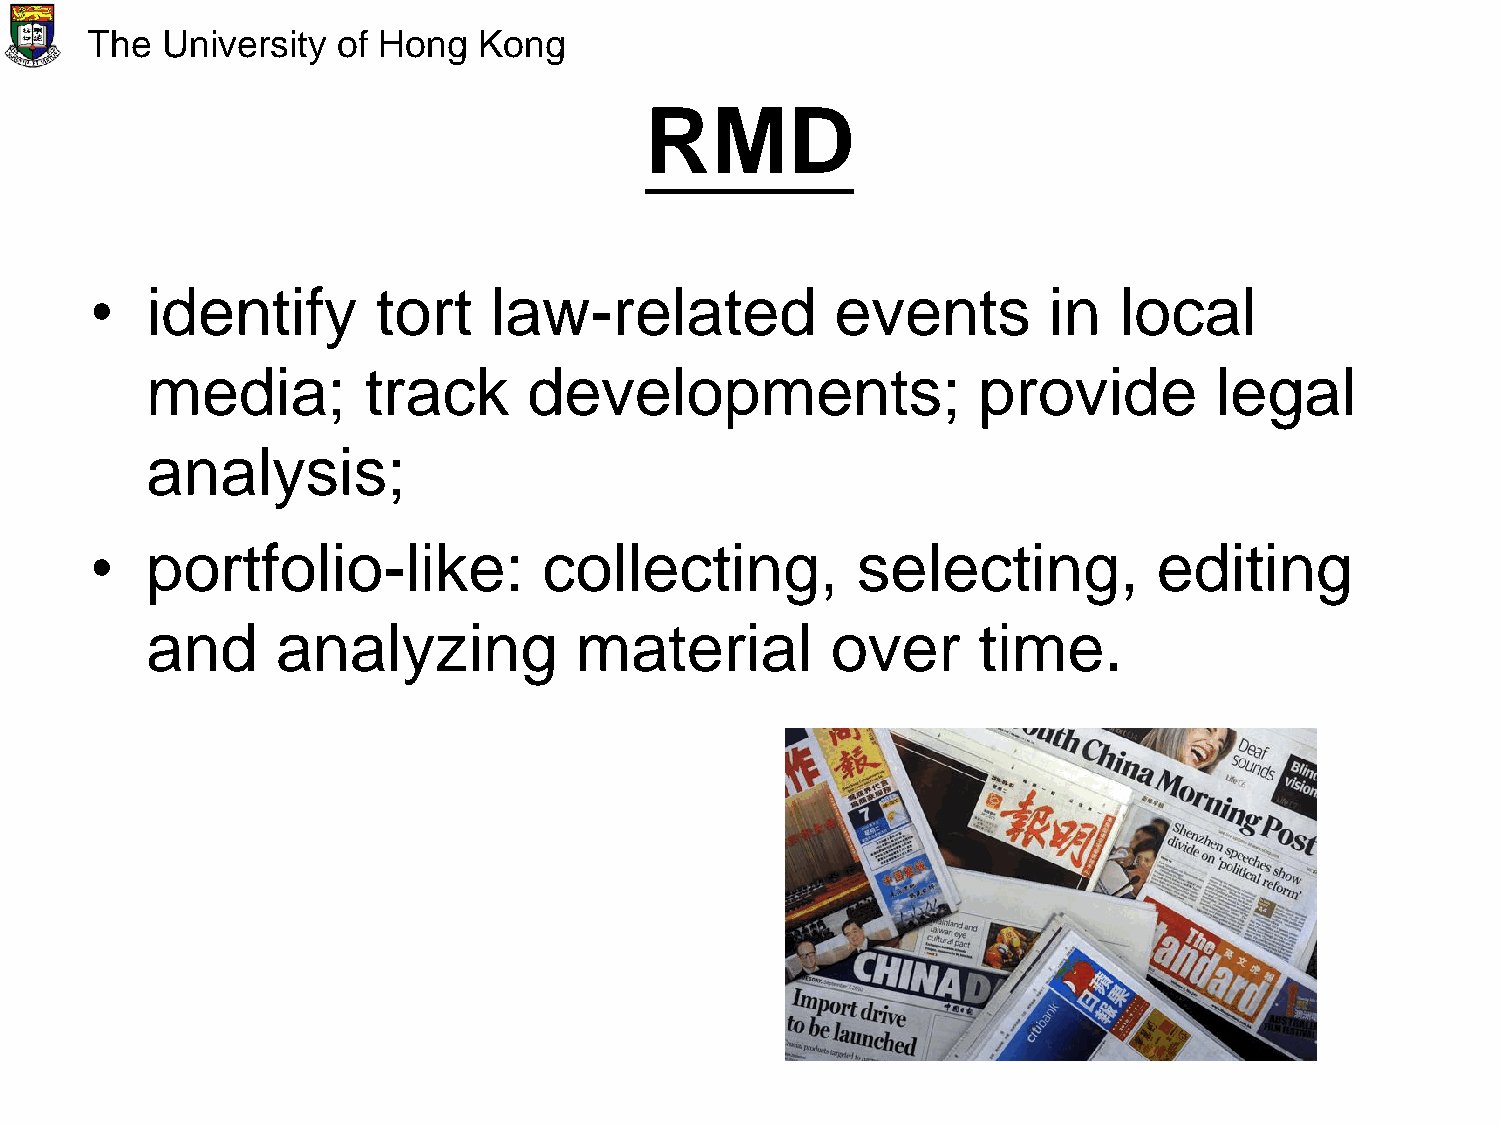
The  University of Hong   Kong
 RMD
 •   identify       tort   law-related            events        in   local
 media;        track      developments;                 provide        legal
 analysis;
 •   portfolio-like:           collecting,          selecting,          editing
 and     analyzing           material         over      time.